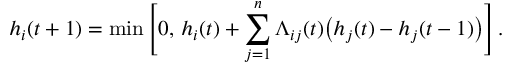
h _ { i } ( t + 1 ) = \operatorname* { m i n } \Bigg [ 0 , \, h _ { i } ( t ) + \sum _ { j = 1 } ^ { n } \Lambda _ { i j } ( t ) \big ( h _ { j } ( t ) - h _ { j } ( t - 1 ) \big ) \Bigg ] \, .